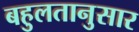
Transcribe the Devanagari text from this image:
बहुलतानुसार